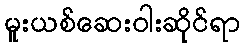
မူးယစ်ဆေးဝါးဆိုင်ရာ